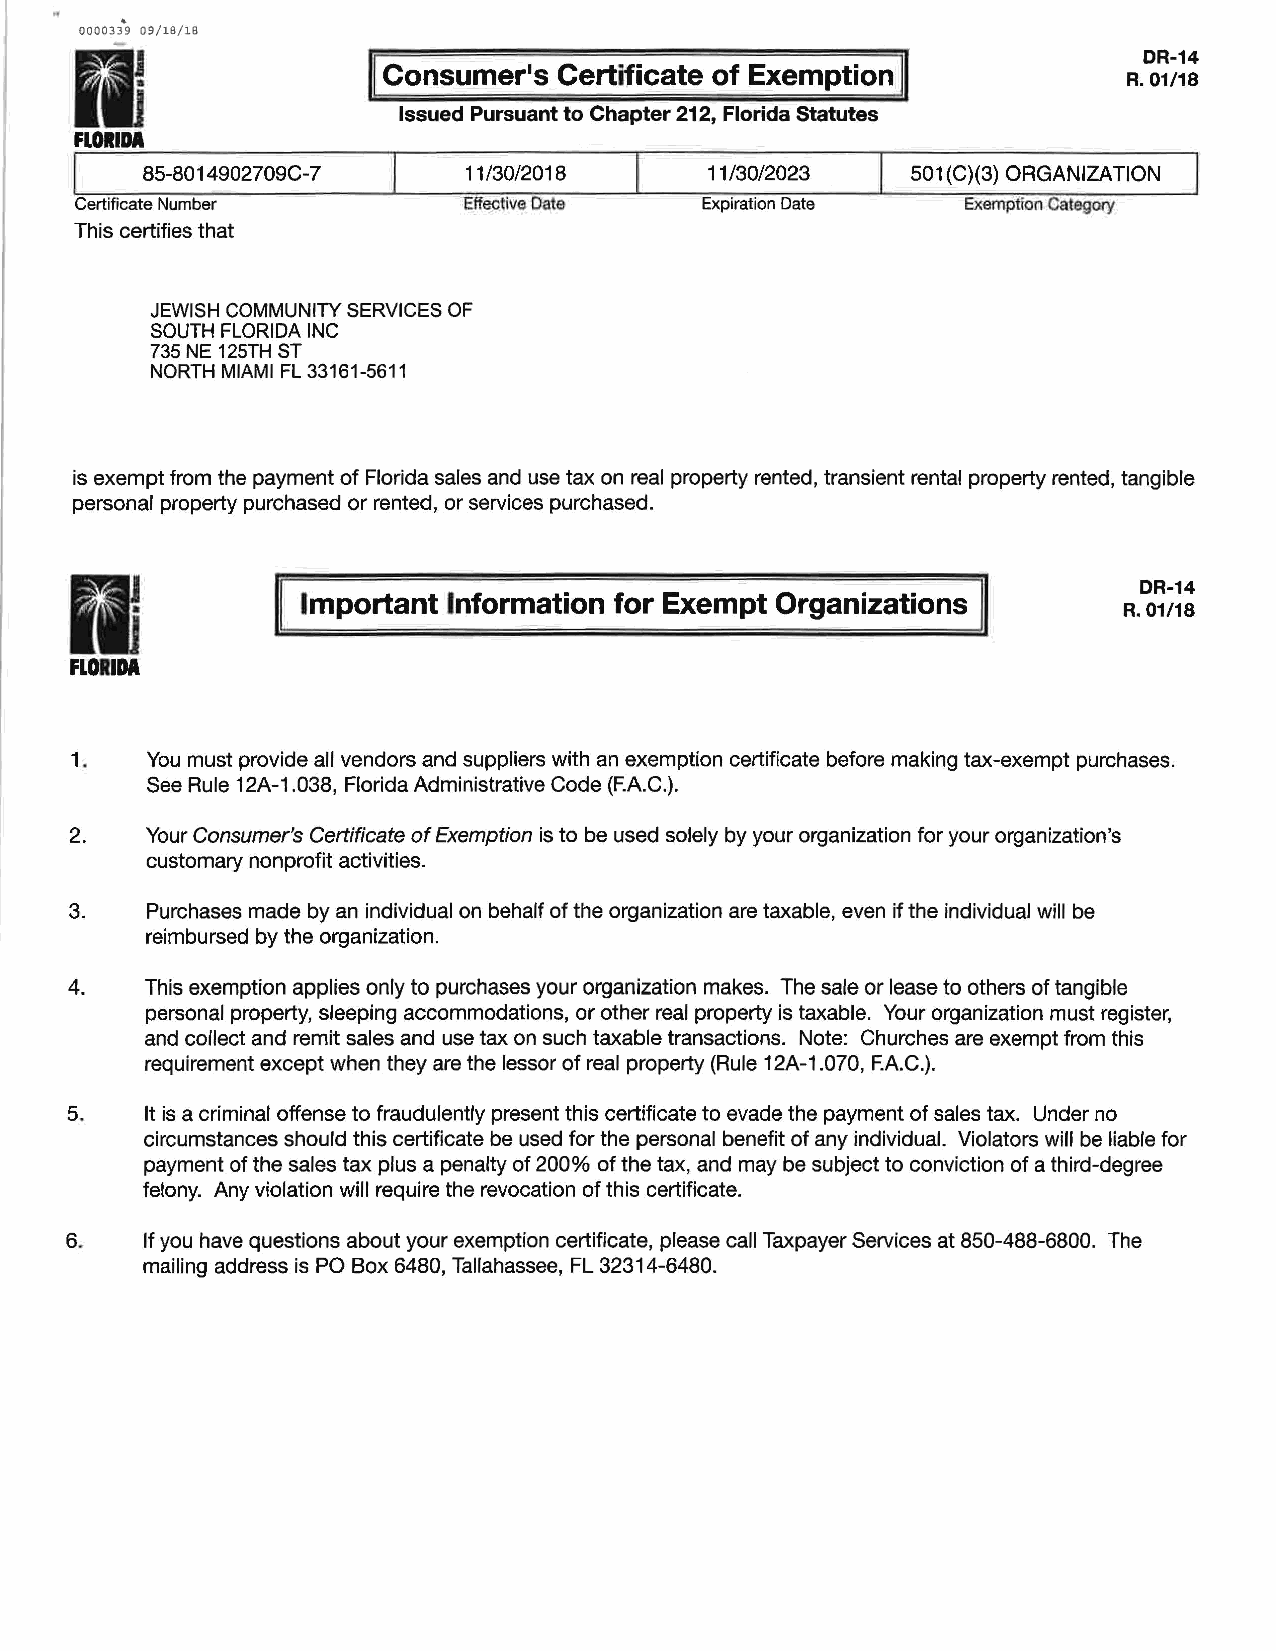
000033"9 09/18/18
 II
 DR-14
 IConsumer1s Certificate of Exemption I
 R. 01/18
 Issued Pursuant to Chapter 212, Florida Statutes
 FLORIDA
 l
 85-8014902709C-7     11/30/2018      11/30/2023    501 (C)(3) ORGANIZATION
 Certificate Number        l:ffective Date Expiration Date  Exemption Category
 This certifies that
 JEWISH COMMUNITY SERVICES OF
 SOUTH FLORIDA INC
 735 NE 125TH ST
 NORTH MIAMI FL 33161-5611
 is exempt from the payment of Florida sales and use tax on real property rented, transient rental property rented, tangible
 personal property purchased or rented, or services purchased.
 fl
 DR-14
 Important Information for Exempt Organizations
 R. 01/18
 FLORIDA
 1.   You must provide all vendors and suppliers with an exemption certificate before making tax-exempt purchases.
 See Rule 12A-1.038, Florida Administrative Code (F.A.C.).
 2.   Your Consumer's Certificate of Exemption is to be used solely by your organization for your organization's
 customary nonprofit activities.
 3.   Purchases made by an individual on behalf of the organization are taxable, even if the individual will be
 reimbursed by the organization.
 4.   This exemption applies only to purchases your organization makes. The sale or lease to others of tangible
 personal property, sleeping accommodations, or other real property is taxable. Your organization must register,
 and collect and remit sales and use tax on such taxable transactions. Note: Churches are exempt from this
 requirement except when they are the lessor of real property (Rule 12A-1.070, F.A.C.).
 5.   It is a criminal offense to fraudulently present this certificate to evade the payment of sales tax. Under no
 circumstances should this certificate be used for the personal benefit of any individual. Violators will be liable for
 payment of the sales tax plus a penalty of 200% of the tax, and may be subject to conviction of a third-degree
 felony. Any violation will require the revocation of this certificate.
 6.   If you have questions about your exemption certificate, please call Taxpayer Services at 850-488-6800. The
 mailing address is PO Box 6480, Tallahassee, FL 32314-6480.